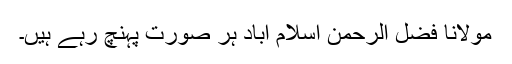
مولانا فضل الرحمٰن اسلام آباد ہر صورت پہنچ رہے ہیں۔